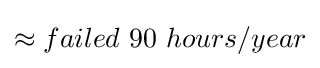
\approx failed\ 90\ hours/year